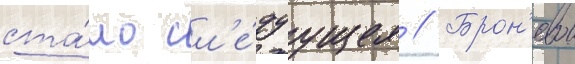
ста́ло сл'е́дуущее // Брон'евои